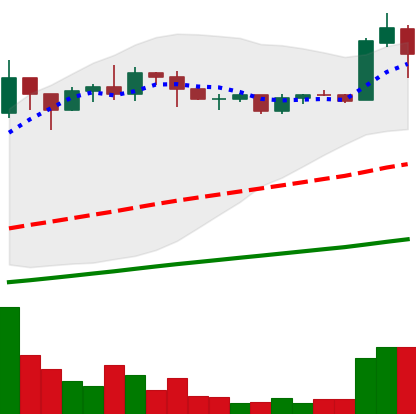
Ticker: ADA-USD
Chart end date: 2020-07-27
Forward return: 3.46%
Label: up_3_5